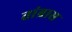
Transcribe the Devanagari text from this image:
तांब्रास